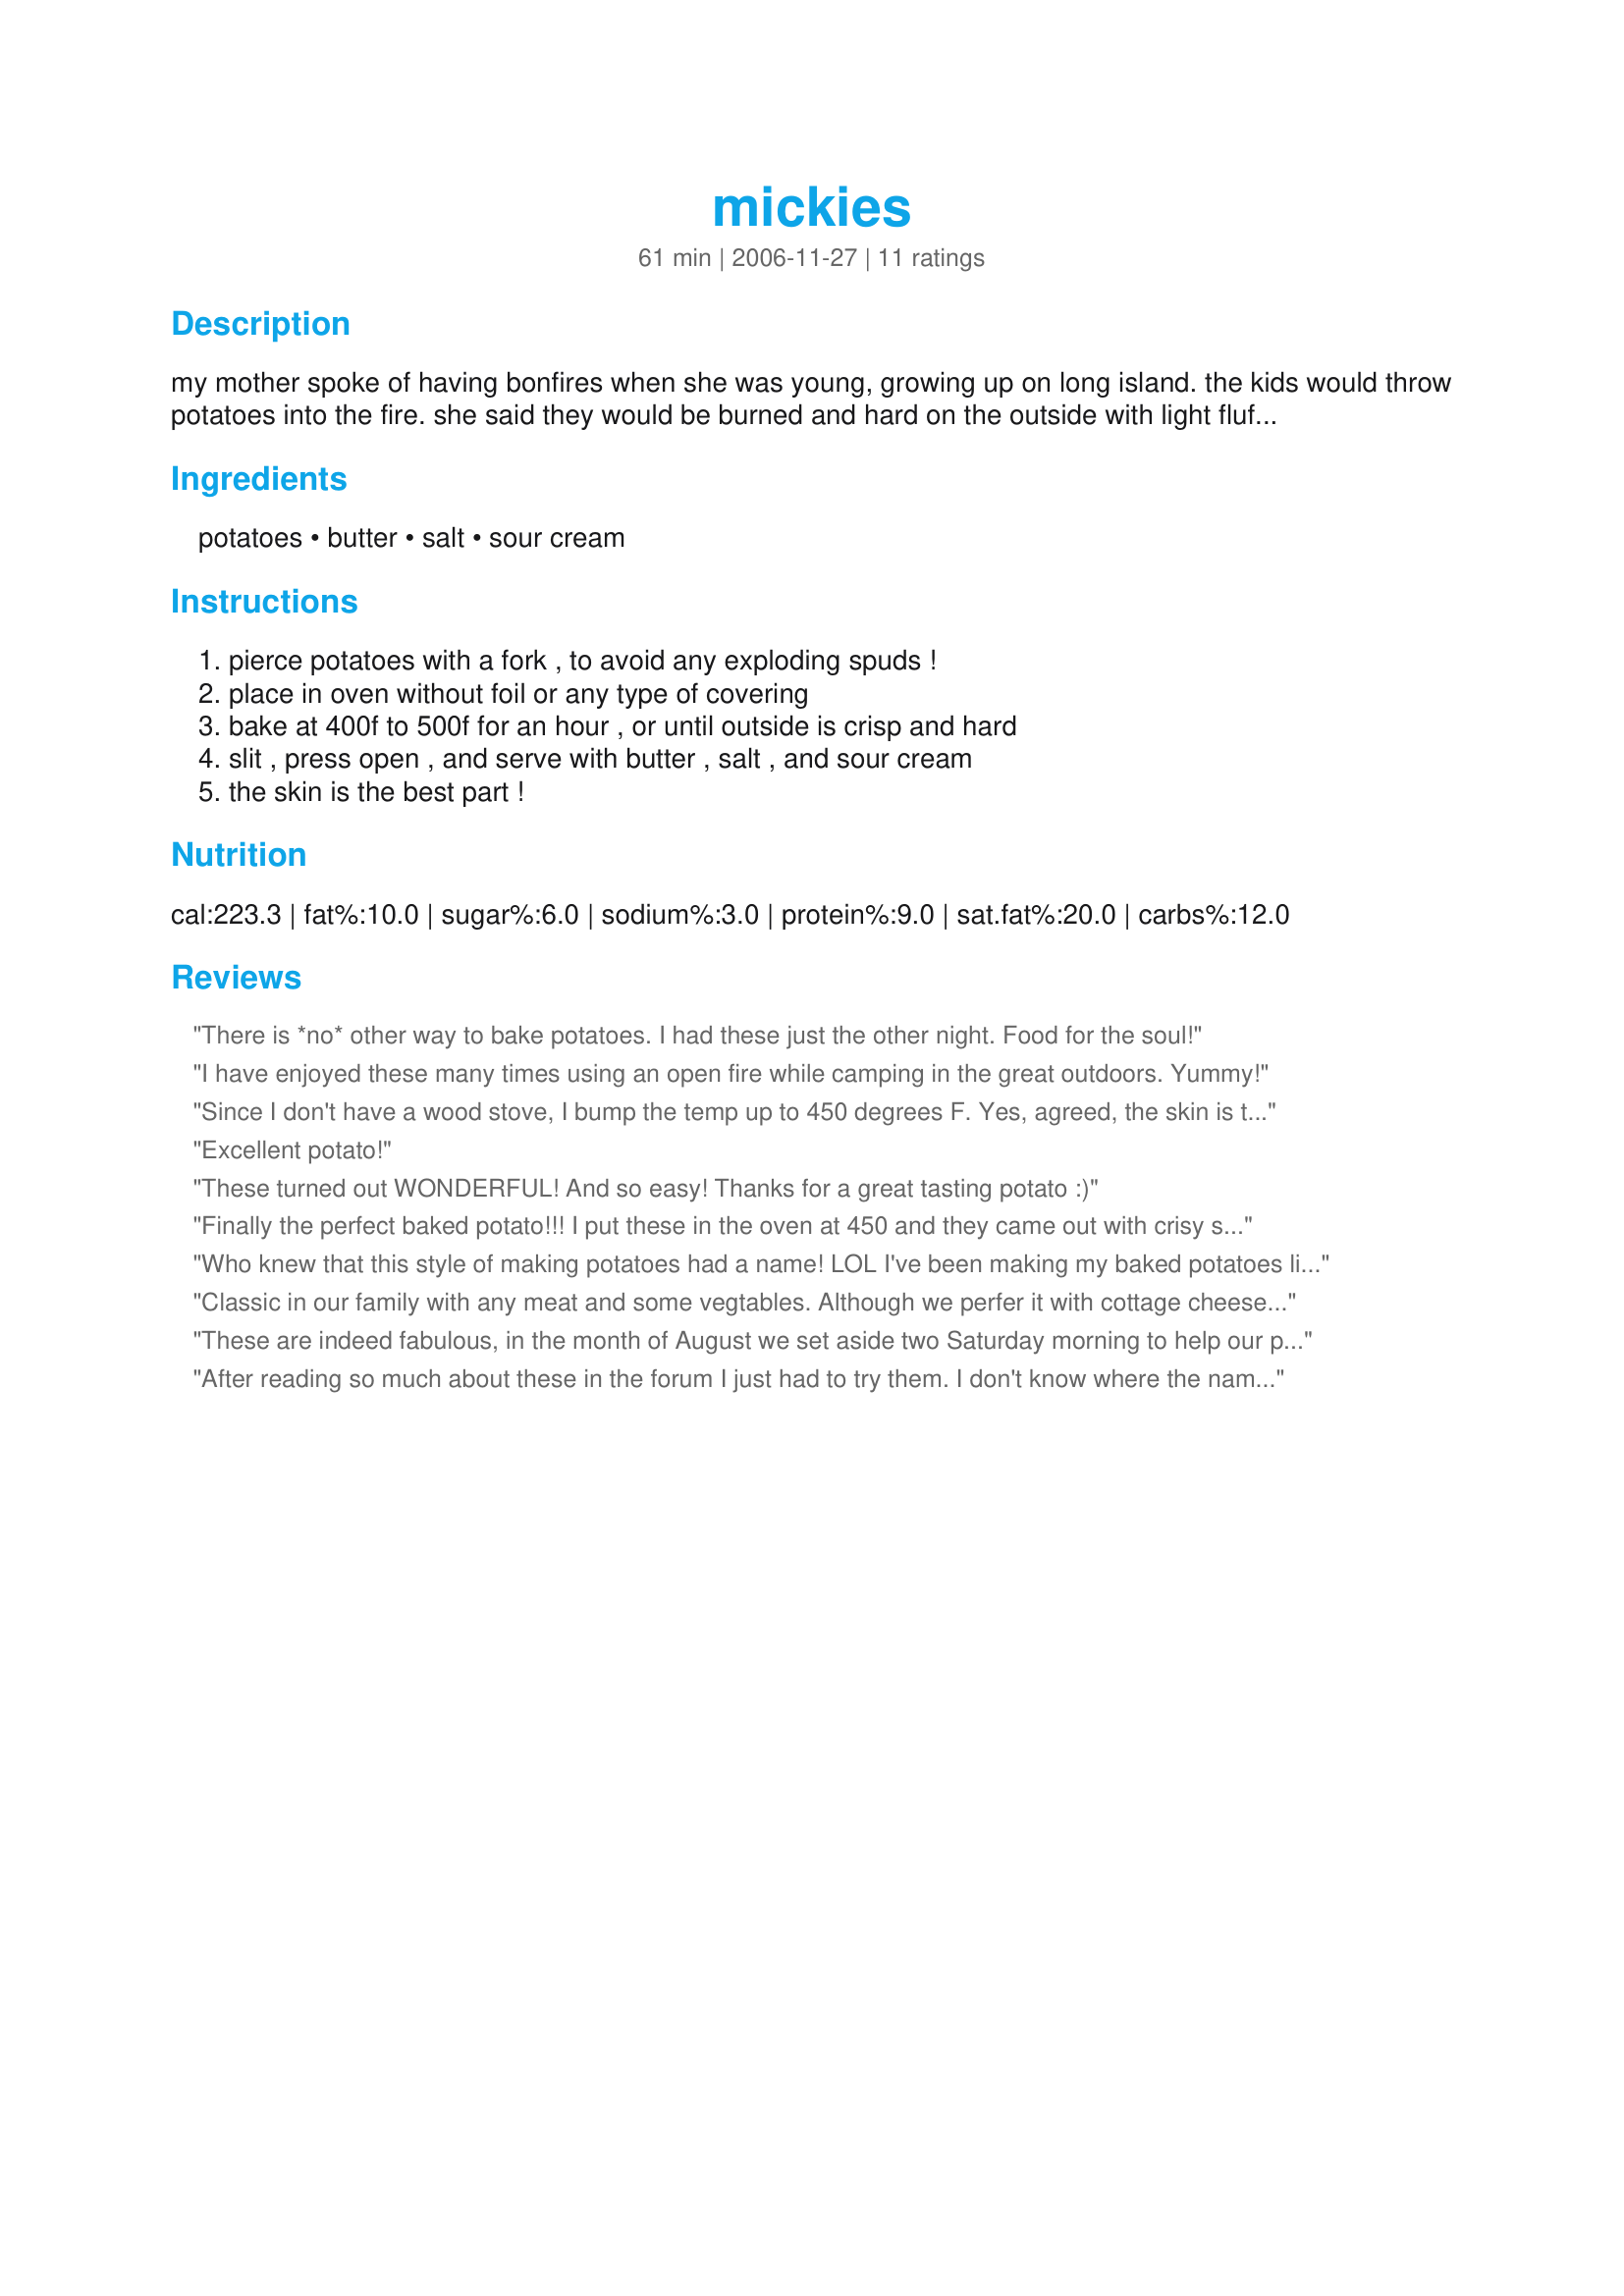
mickies
Preparation time: 61 minutes

my mother spoke of having bonfires when she was young, growing up on long island. the kids would throw potatoes into the fire. she said they would be burned and hard on the outside with light fluffy potatoes on the inside. when cooked this way, the outside is very crisp and crunchy, and the inside nice and fluffy. we throw a bunch of potatoes into the oven of the wood cook stove many, many nights during the winter months. we frequently put them in the gas stove, in warmer months, when cooking a roast, or other oven dinner. but somehow, "mickies" are not the same unless cooked in our home comfort! we always think of mother when we have mickies.

Ingredients:
potatoes, butter, salt, sour cream

Steps:
pierce potatoes with a fork , to avoid any exploding spuds !, place in oven without foil or any type of covering, bake at 400f to 500f for an hour , or until outside is crisp and hard, slit , press open , and serve with butter , salt , and sour cream, the skin is the best part !

Reviews:
There is *no* other way to bake potatoes. I had these just the other night. Food for the soul!
I have enjoyed these many times using an open fire while camping in the great outdoors. Yummy!
Since I don't have a wood stove, I bump the temp up to 450 degrees F. Yes, agreed, the skin is the best part. Totally awesome! Sour cream and butter and fresh-ground pepper are musts!~
Excellent potato!
These turned out WONDERFUL! And so easy! Thanks for a great tasting potato :)
Finally the perfect baked potato!!! I put these in the oven at 450 and they came out with crisy skins and a soft center. This will be the only way I make baked potatoes from now on!!!!
Who knew that this style of making potatoes had a name! LOL I've been making my baked potatoes like this my entire life; that's 57 years worth of "taste-testing" this recipe. :) I've read on other websites where people will make it like this, but will roll the wet potato in Kosher salt before putting in the oven. I don't care for salt so I'd never do that but as this recipe stands, it's the BEST way to make "Mickies" or baked potatoes!
Classic in our family with any meat and some vegtables. Although we perfer it with cottage cheese. Thanks for posting. Miss Pixie x x x :D
These are indeed fabulous, in the month of August we set aside two Saturday morning to help our parents can about 200 jar of tomatoes. We do everything outside including boil the jars to seal them it is a big production and we always throw potatoes into the fire to eat at dinner. They are great just like you said hard and crusty and brunt on the outside but fluffy on the inside with a wonderful flavor. Thank you for posting this.
After reading so much about these in the forum I just had to try them. I don't know where the name came from but I've been baking my potatoes like this ever since I was old enough to use the stove. My belated husband of 40 years said he learned how to do it on a campfire when he was a boy scout. When we went camping he'd bury the spuds in the hot coals before we went fishing. It was so nice to come back to camp and fry up the trout, warm a can of pork and beans and dig up the potatoes. I sure miss those days! Thanks for sharing this great recipe.
MMMMmmmmmm! I have been making Recipe #280220 for a million years. (What would they be if they were German or Italian???). I think everyone should turn up the heat when they bake potatoes and never ever wrap them in foil. The kids used to call these 'rocky' potatoes. And during a power outage I baked them in the fireplace! Viva La Tater!
